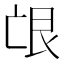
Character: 𦫋